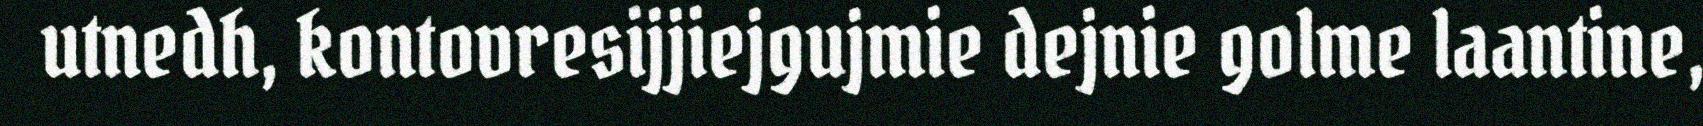
utnedh, kontovresijjiejgujmie dejnie golme laantine,